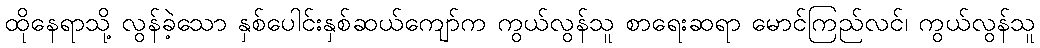
ထိုနေရာသို့ လွန်ခဲ့သော နှစ်ပေါင်းနှစ်ဆယ်ကျော်က ကွယ်လွန်သူ စာရေးဆရာ မောင်ကြည်လင်၊ ကွယ်လွန်သူ